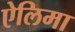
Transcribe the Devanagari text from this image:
ऐलिमा